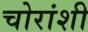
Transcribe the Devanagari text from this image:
चोरांशी